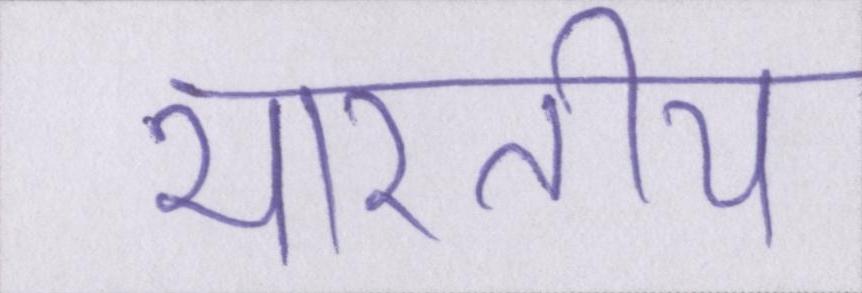
भारतीय